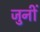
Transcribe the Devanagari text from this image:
जुनीं